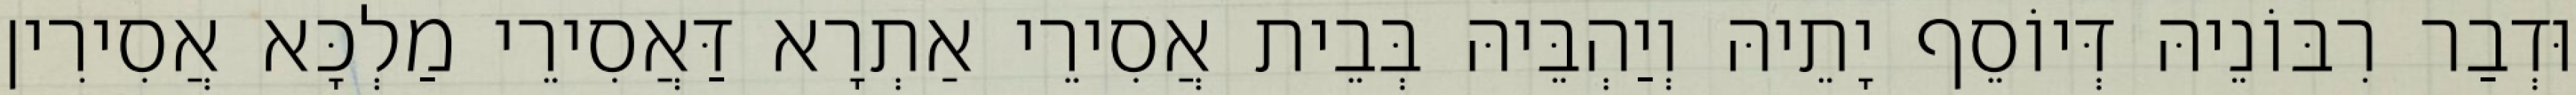
וּדְבַר רִבּוֹנֵיהּ דְּיוֹסֵף יָתֵיהּ וְיַהְבֵּיהּ בְּבֵית אֲסִירֵי אַתְרָא דַּאֲסִירֵי מַלְכָּא אֲסִירִין